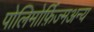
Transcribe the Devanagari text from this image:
पोलिमोर्फ़िज्मअन्य